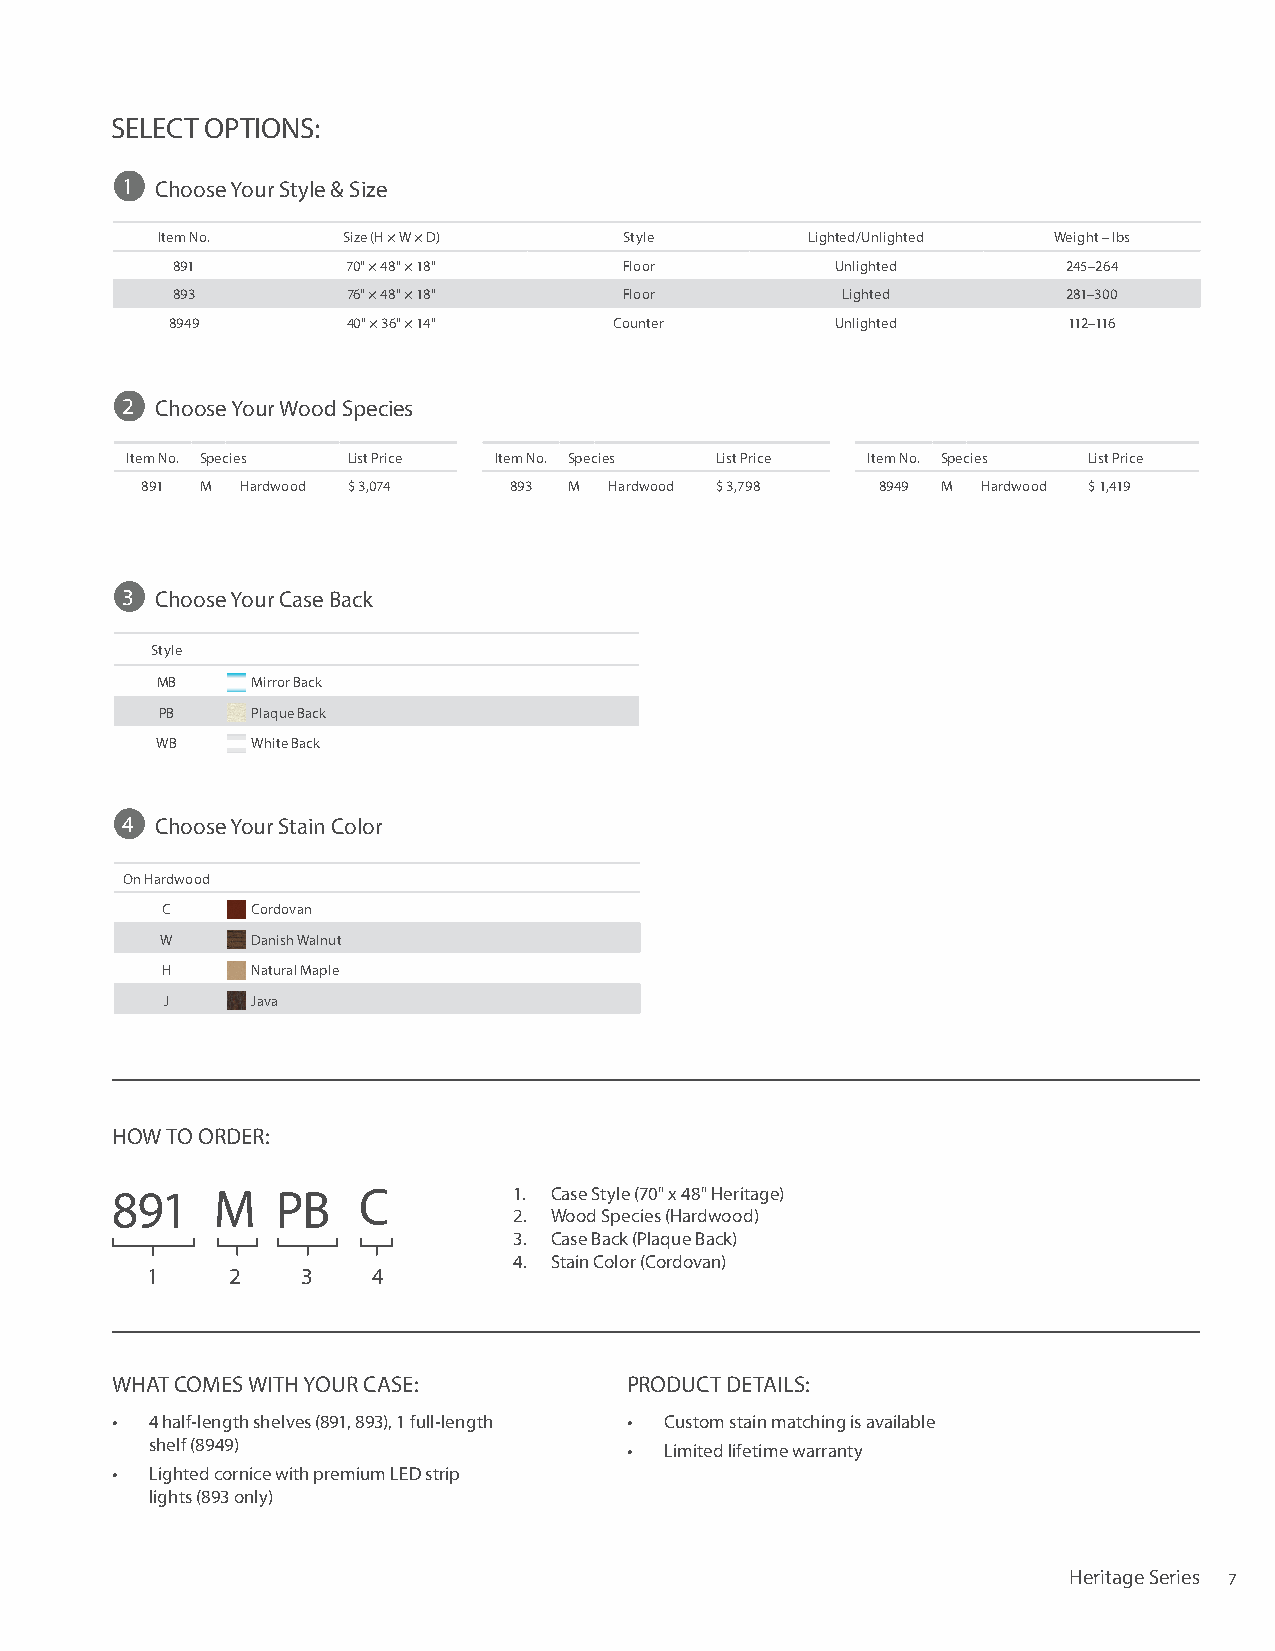
SELECT OPTIONS:
 1 Choose Your Style & Size
 Item No.     Size (H × W × D)  Style        Lighted/Unlighted Weight – lbs
 891         70" × 48" × 18"   Floor         Unlighted       245–264
 893         76" × 48" × 18"   Floor          Lighted        281–300
 8949        40" × 36" × 14"   Counter       Unlighted       112–116
 2 Choose Your Wood Species
 Item No. Species List Price Item No. Species List Price Item No. Species List Price
 891 M  Hardwood $ 3,074  893 M Hardwood $ 3,798  8949 M Hardwood $ 1,419
 3 Choose Your Case Back
 Style
 MB     Mirror Back
 PB    Plaque Back
 WB     White Back
 4 Choose Your Stain Color
 On Hardwood
 C     Cordovan
 W     Danish Walnut
 H     Natural Maple
 J     Java
 HOW TO ORDER:
 891    M   PB    C         1. Case Style (70" x 48" Heritage)
 2. Wood Species (Hardwood)
 3. Case Back (Plaque Back)
 4. Stain Color (Cordovan)
 1    2    3    4
 WHAT COMES WITH YOUR CASE:         PRODUCT DETAILS:
 •  4 half-length shelves (891, 893), 1 full-length • Custom stain matching is available
 shelf (8949)                    • Limited lifetime warranty
 •  Lighted cornice with premium LED strip
 lights (893 only)
 Heritage Series 7